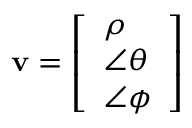
\mathbf { v } = \left[ { \begin{array} { l } { \rho } \\ { \angle \theta } \\ { \angle \phi } \end{array} } \right]